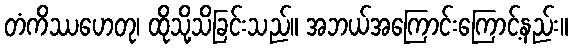
တံကိဿဟေတု၊ ထိုသို့သိခြင်းသည်။ အဘယ်အကြောင်းကြောင့်နည်း။